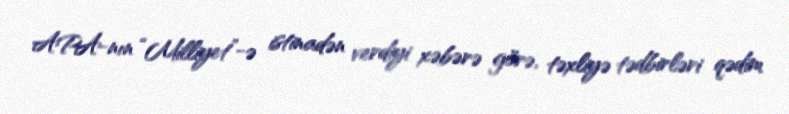
APA-nın “Milliyet”-ə istinadən verdiyi xəbərə görə, təxliyə tədbirləri qədim